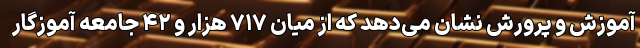
آموزش‌ و پرورش نشان می‌دهد که از میان ۷۱۷ هزار و ۴۲ جامعه آموزگار